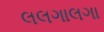
લલગાલગા